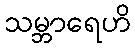
သမ္ဘာရေဟိ